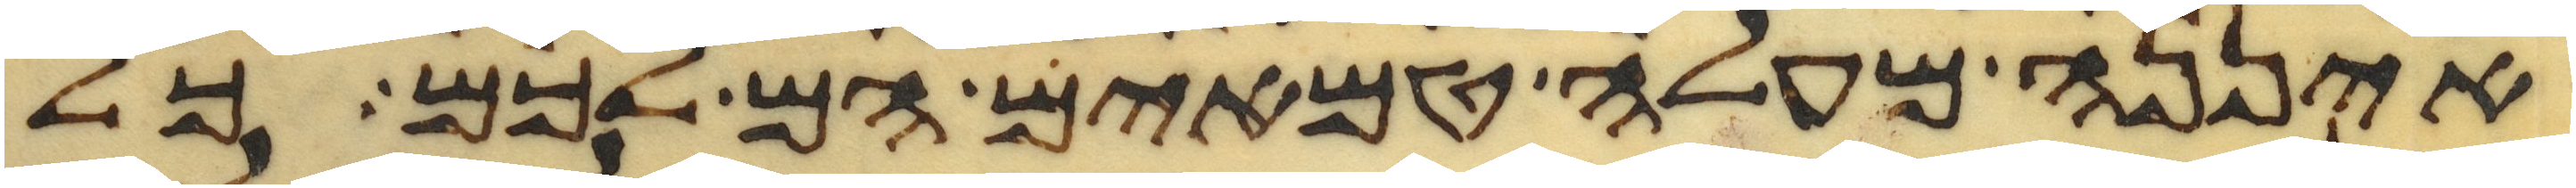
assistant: איננה מעלה טמאים הם לכם כל